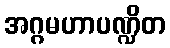
အဂ္ဂမဟာပဏ္ဍိတ